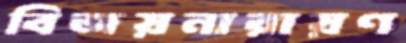
বিজয়নারায়ণ